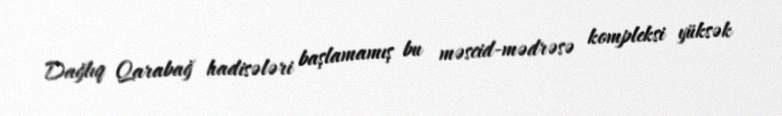
Dağlıq Qarabağ hadisələri başlamamış bu məscid-mədrəsə kompleksi yüksək